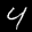
Label: 4